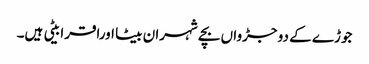
جوڑے کے دو جڑواں بچے شہران بیٹا اوراقرا بیٹی ہیں۔